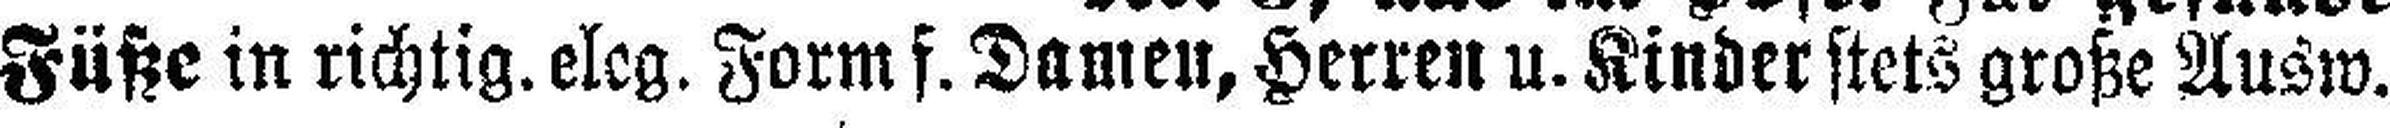
Füße in richtig. eleg. Form f. Damen, Herren u. Kinder stets große Ausw.